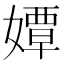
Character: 㜤